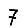
Digit: 7